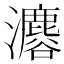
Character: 𤄟